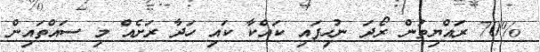
70% ރައްޔިތުން ރޯދަ ނުހިފައި ކައްކާ ކައި ހަދާ ރަށެއް މި ސައްތައިން